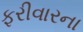
ફરીવારના